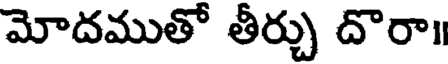
మోదముతో తీర్చు దొరా